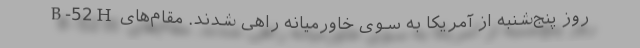
B-52H روز پنج‌شنبه از آمریکا به سوی خاورمیانه راهی شدند. مقام‌های